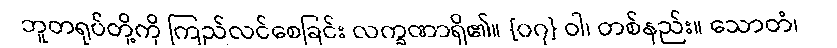
ဘူတရုပ်တို့ကို ကြည်လင်စေခြင်း လက္ခဏာရှိ၏။ {၀၇} ဝါ၊ တစ်နည်း။ သောတံ၊